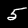
Label: 5